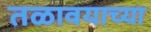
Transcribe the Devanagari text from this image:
तळावयाच्या